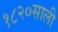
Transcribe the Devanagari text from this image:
१८२०साली